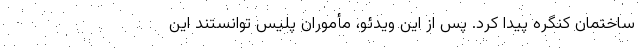
ساختمان کنگره پیدا کرد. پس از این ویدئو، مأموران پلیس توانستند این